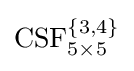
{\text{CSF}}_{5\times 5}^{\left\lbrace \mathrm {3,4} \right\rbrace }